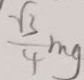
\frac { \sqrt { 3 } } { 4 } m g